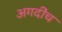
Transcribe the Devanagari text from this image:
अगदींच